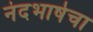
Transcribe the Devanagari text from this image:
नंदभाषेचा